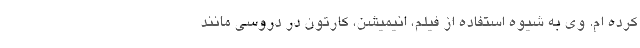
کرده ام. وی به شیوه استفاده از فیلم، انیمیشن، کارتون در دروسی مانند